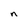
Character: n